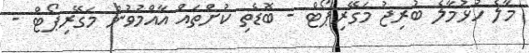
މާލެ ހުޅުމާލެ ބުރިޖު މަގޭރިޕޯޓް - ބޮޑެތި ކުށްތައް އާއްމުވުން މަގޭރިޕޯޓް -